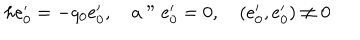
h e _ { 0 } ^ { \prime } = - q _ { 0 } e _ { 0 } ^ { \prime } , \quad a " e _ { 0 } ^ { \prime } = 0 , \quad ( e _ { 0 } ^ { \prime } , e _ { 0 } ^ { \prime } ) \neq 0